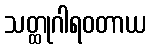
သတ္ထုဂါရဝတာယ